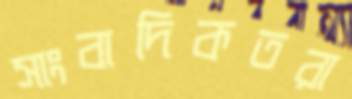
সাংবাদিকতরা